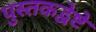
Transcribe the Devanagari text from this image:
पुस्तकद्वेष्टे